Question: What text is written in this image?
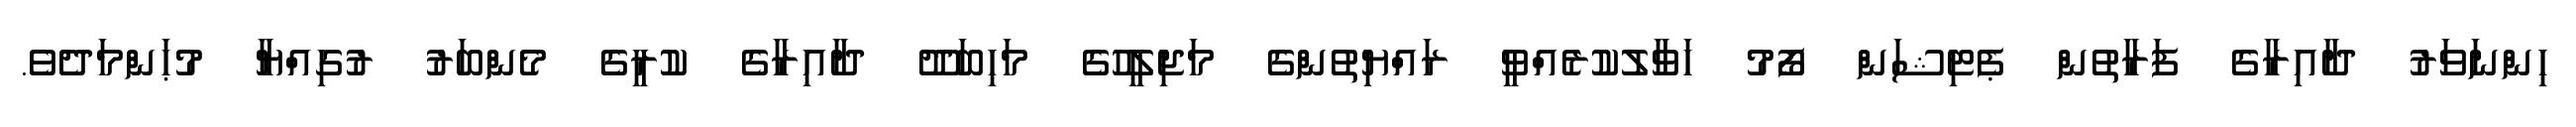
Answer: ހިންނަވަރު ދާއިރާގެ ފަރާތުން ޕެޓިޝަން ފޯމު ހަވާލުކުރެއްވީ ރައްޔިތުންގެ މަޖިލީހުގެ މަހިބަދޫ ދާއިރާގެ ކުރީގެ މެންބަރު ރުގިއްޔާ މުޙަންމަދެވެ.